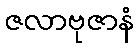
ဇလာဗုဇာနံ